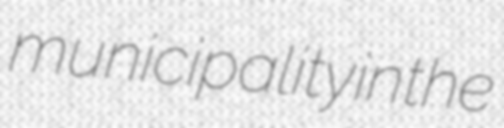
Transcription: municipality in the